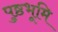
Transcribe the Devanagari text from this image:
पुष्ठभूमि